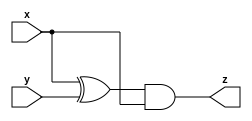
//Module Declaration
module CA(input x, input y, output z);
    assign z = (x ^ y) & x;
endmodule